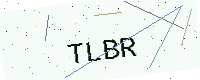
Text: TLBR